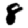
Digit: 8